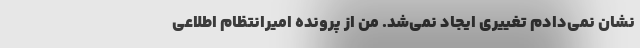
نشان نمی‌دادم تغییری ایجاد نمی‌شد. من از پرونده امیرانتظام اطلاعی